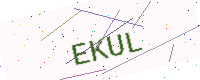
Text: EKUL